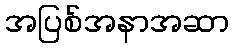
အပြစ်အနာအဆာ